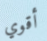
أقوي